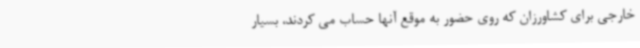
خارجی برای کشاورزان که روی حضور به موقع آنها حساب می کردند، بسیار